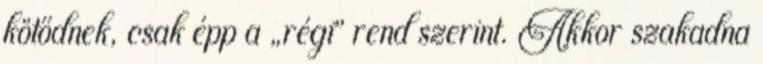
kötődnek, csak épp a „régi” rend szerint. Akkor szakadna